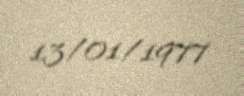
13/01/1977